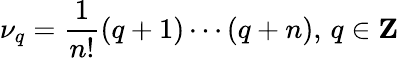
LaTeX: \nu_{q}={\frac{1}{n!}}(q+1)\cdots(q+n),\, q\in{\mathbf Z}